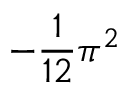
- { \frac { 1 } { 1 2 } } \pi ^ { 2 }